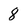
Character: 8